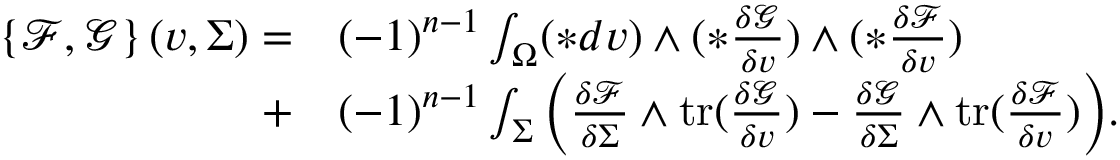
\begin{array} { r l } { \left\{ \mathcal { F } , \mathcal { G } \right\} ( v , \Sigma ) = } & { ( - 1 ) ^ { n - 1 } \int _ { \Omega } ( \ast d v ) \wedge ( \ast \frac { \delta \mathcal { G } } { \delta v } ) \wedge ( \ast \frac { \delta \mathcal { F } } { \delta v } ) } \\ { + } & { ( - 1 ) ^ { n - 1 } \int _ { \Sigma } \Big ( \frac { \delta \mathcal { F } } { \delta \Sigma } \wedge \mathrm { t r } ( \frac { \delta \mathcal { G } } { \delta v } ) - \frac { \delta \mathcal { G } } { \delta \Sigma } \wedge \mathrm { t r } ( \frac { \delta \mathcal { F } } { \delta v } ) \Big ) . } \end{array}